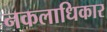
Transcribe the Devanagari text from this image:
नकलाधिकार